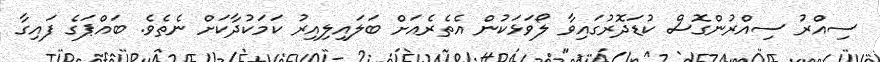
ސިއްރު ސިއްރުންގޮސް ކުޑަދޮރުގައިވާ ލޯވަޅަކުން އެތެރެއަށް ބަލައިލިއިރު ކަމަކުދާކަށް ނެތެވެ. ބައްޕަގެ ފައިގާ